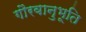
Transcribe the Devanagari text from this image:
गौरवानुभूति